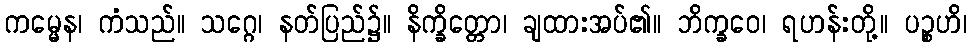
ကမ္မေန၊ ကံသည်။ သဂ္ဂေ၊ နတ်ပြည်၌။ နိက္ခိတ္တော၊ ချထားအပ်၏။ ဘိက္ခဝေ၊ ရဟန်းတို့။ ပဉ္စဟိ၊